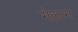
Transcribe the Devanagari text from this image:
गेलाम